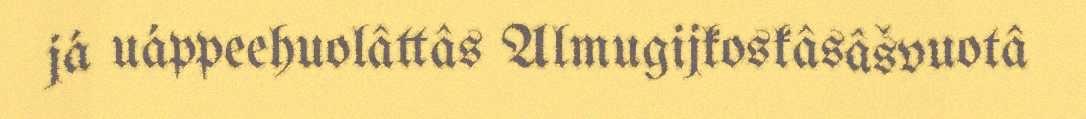
já uáppeehuolâttâs Almugijkoskâsâšvuotâ